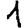
Digit: 1